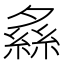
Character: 𦂞